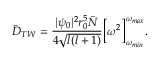
\bar { D } _ { T W } = \frac { | \psi _ { 0 } | ^ { 2 } r _ { 0 } ^ { 5 } \bar { N } } { 4 \sqrt { l ( l + 1 ) } } \Big [ \omega ^ { 2 } \Big ] _ { \omega _ { m i n } } ^ { \omega _ { m a x } } .